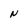
Character: N